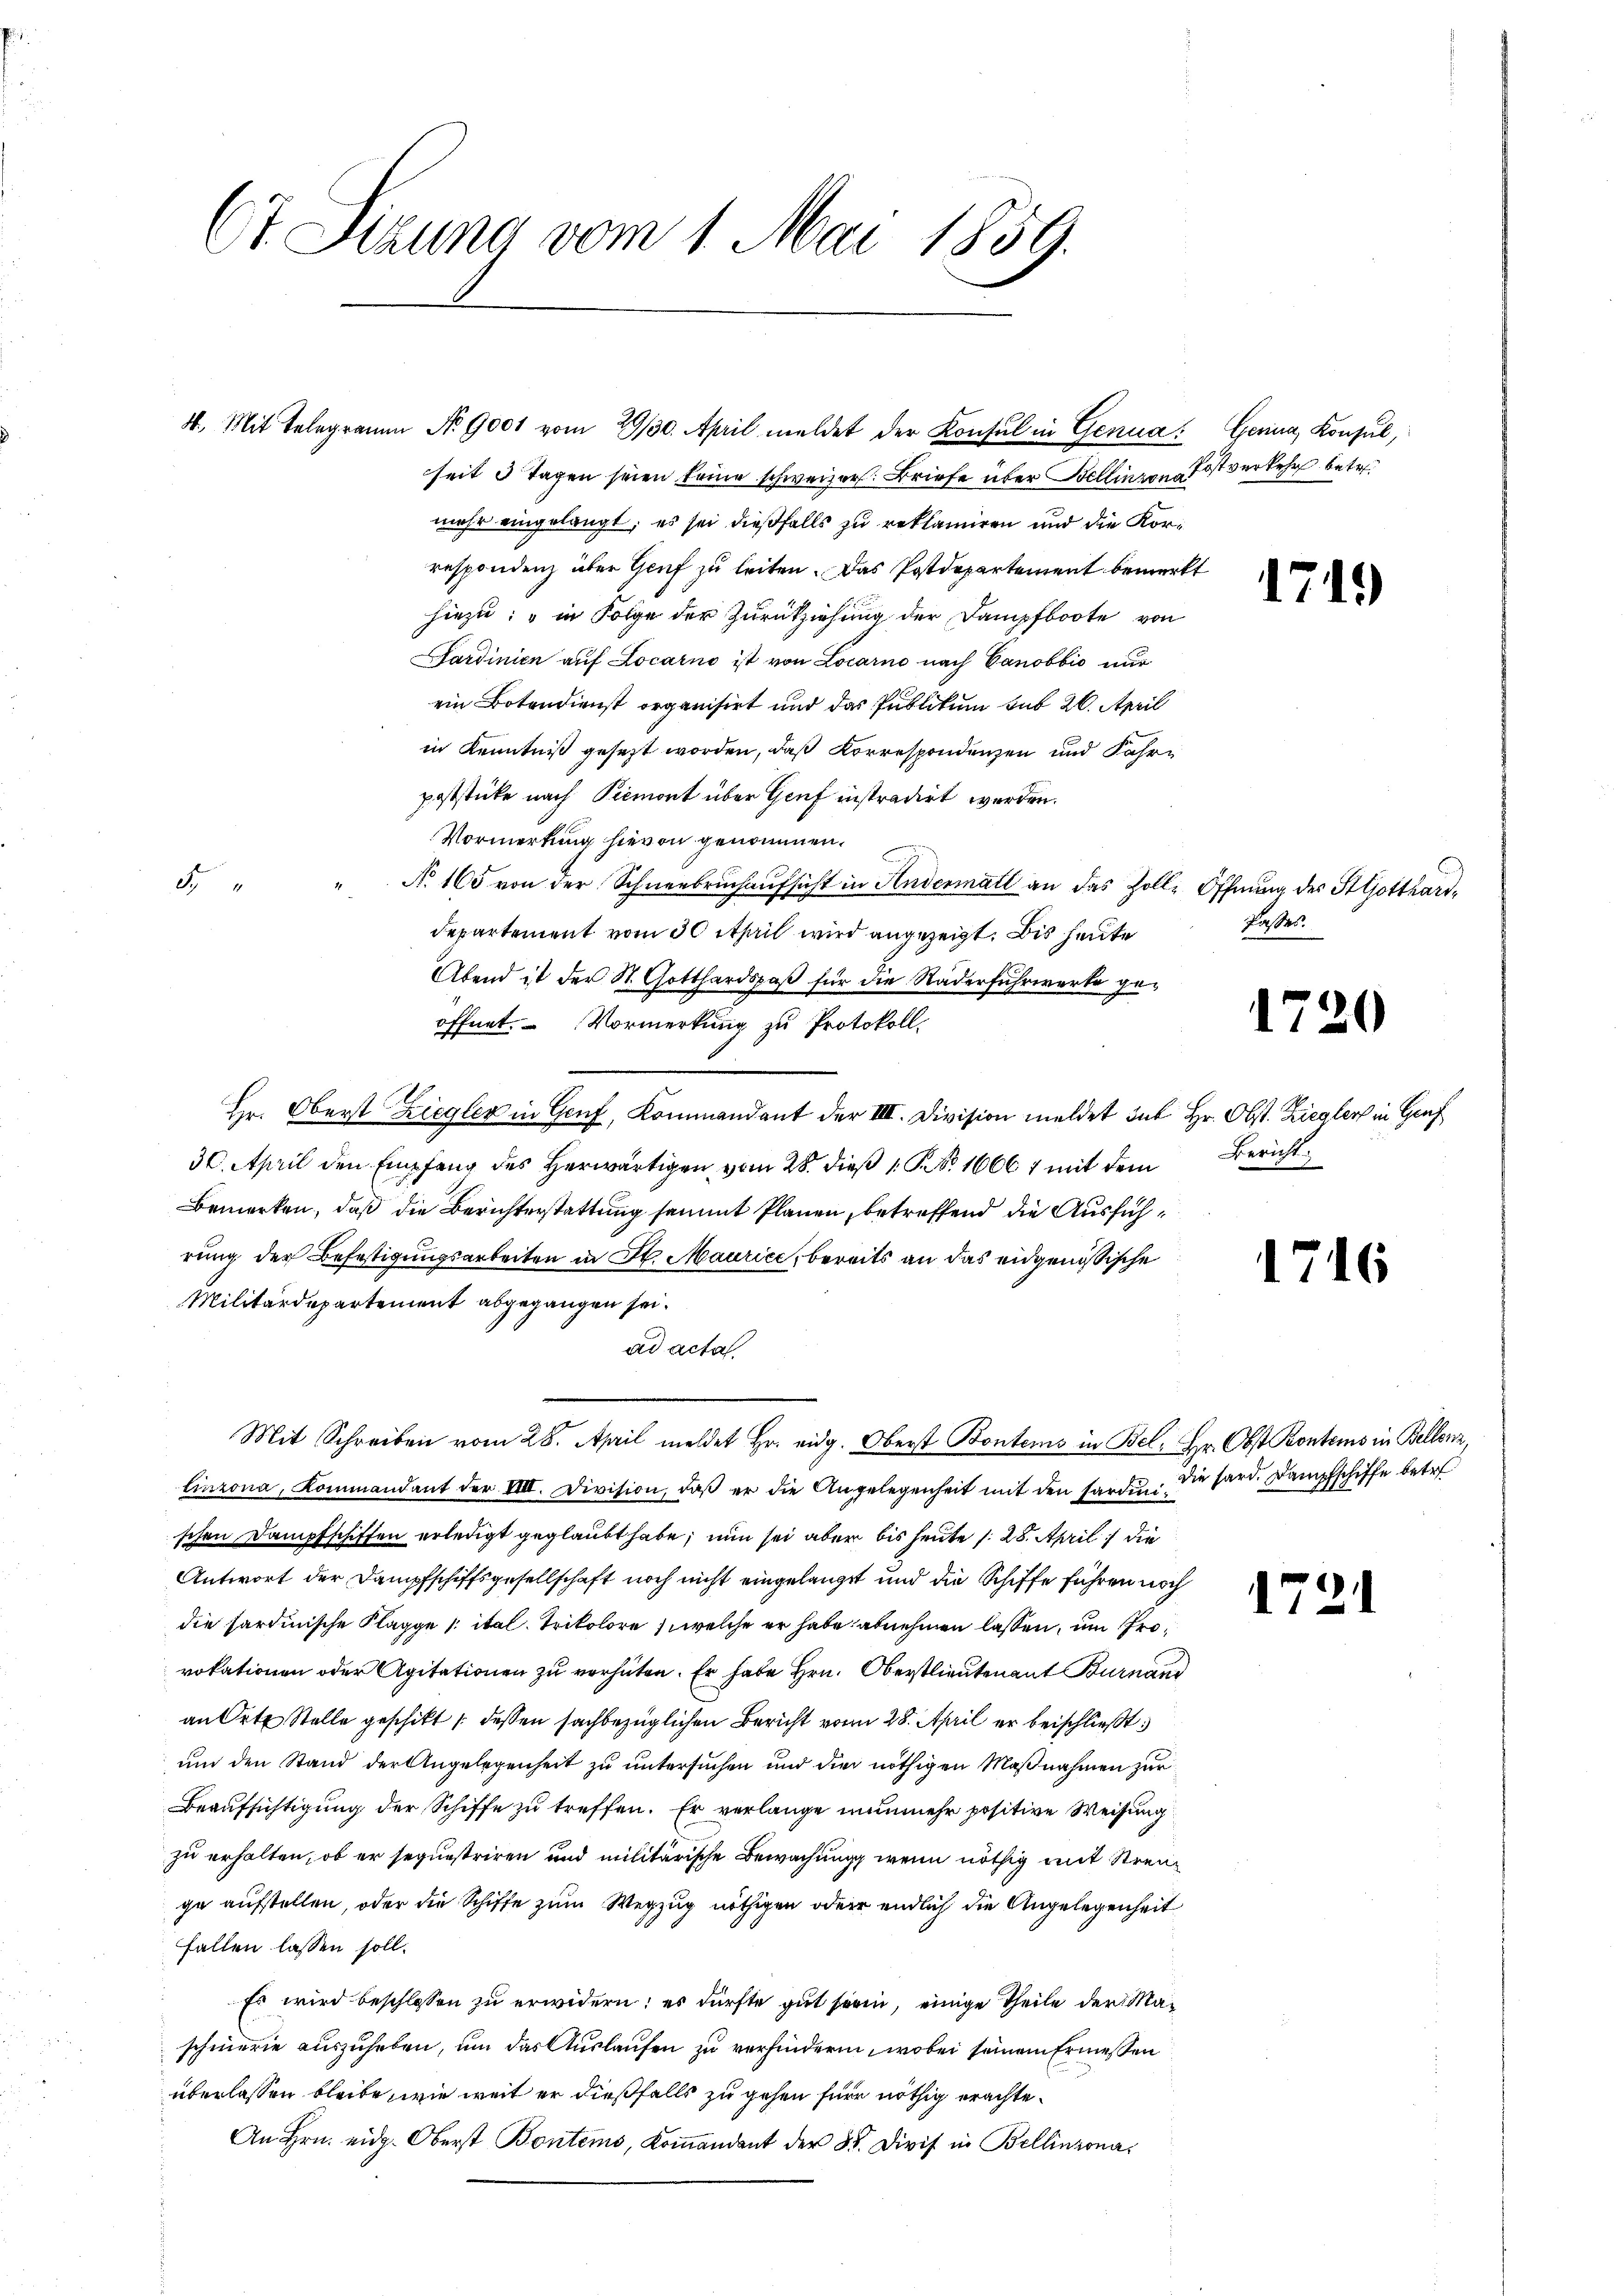
Ct. Sizung vom 1. Mai 1859.

seit 3 Tagen seien keine schweizer. Briefe über Bellinzon Postverkehr betr.
mehr eingelangt; es sei dießfalls zu reklamiren und die Korrespondenz über Genf zu leiten. Das Postdepartement bemerkt
hiezu, in Folge der Zurückziehung der Dampfboote von
Sardinien auf Locarno ist von Locarno nach Canobbio nur
ein Botendienst organisirt und das Publikum sub 20. April
in Kenntniß gesezt worden, daß Korrespondenzen und Jahrpoststicke nach Piemont über Genf instradirt werden.
Vormerkung hievon genommen.
d
" Nr. 165 von der Schneebruchaufsicht in Andermall an das Zoll- Öffnung des StGjotthard¬
Departement vom 30 April wird angezeigt. Bis heute
Abend ist der St. Gotthardspaß für die Naderfuhrwerke geöffnet. Vormerkung zu Protokoll.
Hr. Oberst Ziegler in Genf, Kommandant der III. Division meldet sub Hr. Obst. Ziegler in Genf
30. April den Empfang des herwärtigen vom 28. dieß 1 Nr. 16667 mit dem Bericht
Bemerken, daß die Berichterstattung sammt Planen, betreffend die Ausführung der Befestigungsarbeiten in St. Maurice, bereits an das eidgenössische
Militärdepartement abgegangen sei.
ad acta
Mit Schreiben vom 28. April meldet Hr. eidg. Oberst Bontems in Bel. Hr. Obst Kontems in Bellenz,
linzona, Kommandant der VIII. Division, daß er die Angelegenheit mit den Sardinischen Dampfschiffen erledigt geglaubt habe, nun sei aber bis heute s. 28. April die
Antwort der Dampfschiffsgesellschaft noch nicht eingelangt und die Schiffe führen noch
die hardinische Klagge / ital. Trikolore, welche er habe abnehmen lassen, um Provokationen oder Agitationen zu verhüten. Er habe Hrn. Oberstlieutenant Burnand
an Orte Stelle geschikt dessen sachbezüglichen Bericht vom 28. April er beischließt:
un den Stand der Angelegenheit zu untersuchen und die nöthigen Maßnahmen zur
Beaufsichtigung der Schiffe zu treffen. Er verlange nunmehr positive Weisung
zu erhalten, ob er sequestriren und militärische Bewachung, wenn nöthig mit Streuge aufstellen, oder die Schiffe zum Wegzug nöthigen oder endlich die Angelegenheit
fallen lassen soll.
Es wird beschlossen zu erwidern; es dürfte gut sein, einige Theile der Maschmerie auszuheben, um das Auslaufen zu verhindern, wobei seinem Ermessen
überlassen bleibe, wie weit er dießfalls zu gehen für nöthig erachte¬
An Hrn. eidg. Oberst Bontems, Kommandent der 38. Divis in Bellinzona

4. Mit Telegramm No. 9001 vom 29/30. April meldet der Konsul in Genua Gerina Konsul,

Passes.

1719

1720

1716

Die hard. Dampfschiffe betr

1721